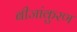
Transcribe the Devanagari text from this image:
बीजांकुरण